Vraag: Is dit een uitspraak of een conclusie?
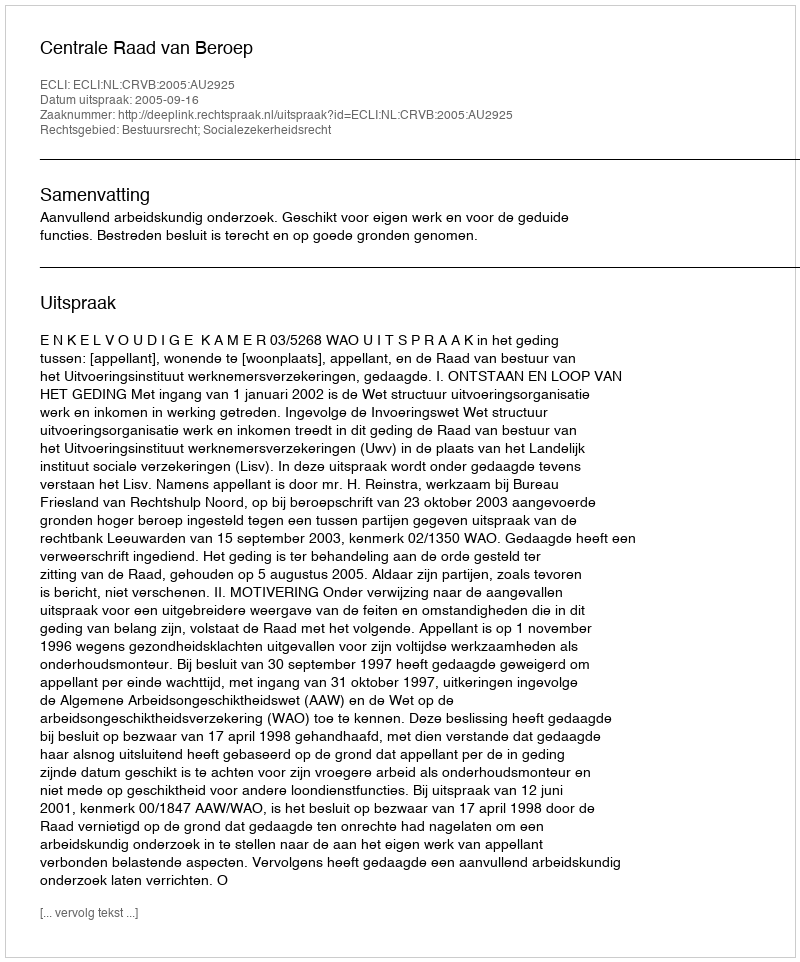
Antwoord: Uitspraak